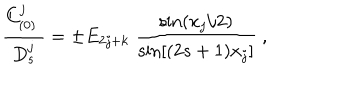
LaTeX: { \frac { C _ { ( 0 ) } ^ { j } \; } { D _ { s } ^ { j } } } = \pm E _ { 2 j + k } \; { \frac { \mathrm { s i n } { ( x _ { j } / 2 ) } } { \mathrm { s i n } { [ ( 2 s + 1 ) x _ { j } } ] } } \ ,